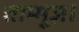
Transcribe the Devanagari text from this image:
ताम्मूज़।